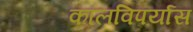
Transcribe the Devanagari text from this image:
कालविपर्यास